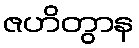
ဇဟိတွာန